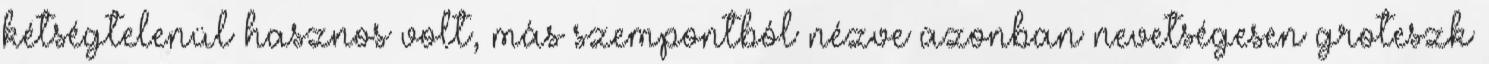
kétségtelenül hasznos volt, más szempontból nézve azonban nevetségesen groteszk